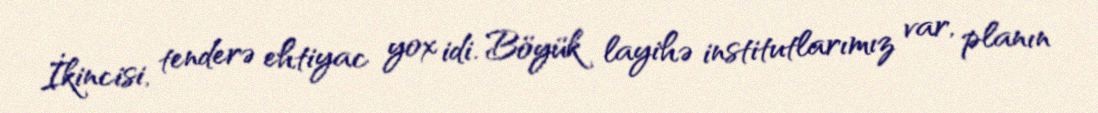
İkincisi, tenderə ehtiyac yox idi. Böyük layihə institutlarımız var, planın